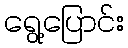
ရွေ့ပြောင်း